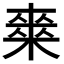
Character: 𭫘